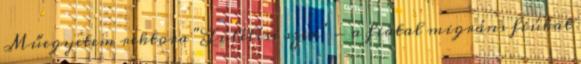
Műegyetem rektora "Túlélési szex" - a fiatal migráns fiúkat